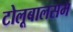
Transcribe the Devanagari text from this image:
टोलूबालसम